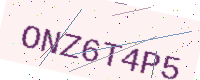
Text: ONZ6T4P5